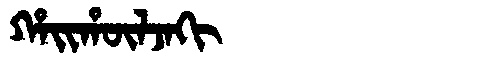
Manchu: ᡥᠠᡳᡥᡡᠯᠵᠠᡴᡳ
Romanization: HAIHŪLJAKI